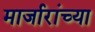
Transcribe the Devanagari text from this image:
मार्जारांच्या